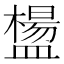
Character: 𥂸